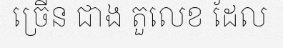
ច្រើន ជាង តួលេខ ដែល